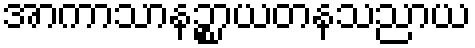
အာကာသာနဉ္စာယတနသညာယ